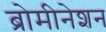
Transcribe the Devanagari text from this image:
ब्रोमीनेशन